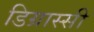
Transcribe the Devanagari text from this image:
डिग्रास्सी